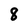
Character: 8